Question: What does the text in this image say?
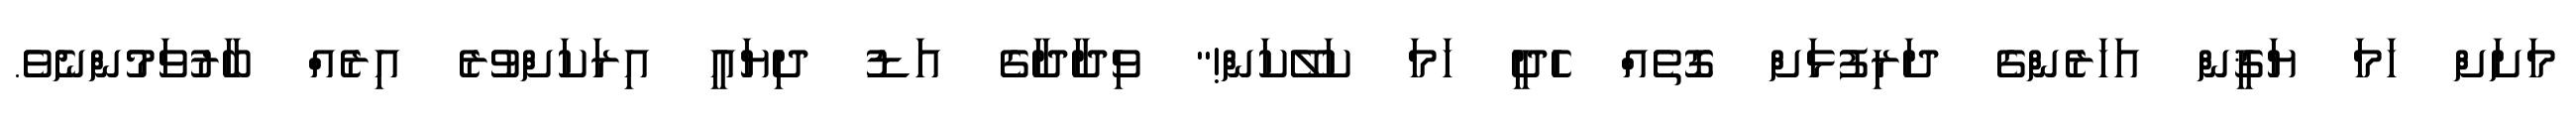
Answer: މަށަށް ހަމަ ޔަޤީން އަހަރެންގެ ދަރިފުޅަށް ގޮތެއް ހެދީ ހަމަ ކަލޭކަން!" ވިދާދާގެ އަޑު ދިޔައީ އިރަކަށްވުރެ އިރެއް ބާރުވަމުންނެވެ.